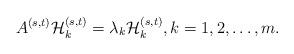
LaTeX: \begin{align*}A^{(s,t)}{\cal H}_k^{(s,t)}=\lambda_k{\cal H}_k^{(s,t)},k=1,2,\dots,m.\end{align*}